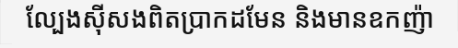
ល្បែងស៊ីសងពិតប្រាកដមែន និងមានឧកញ៉ា